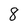
Character: 8